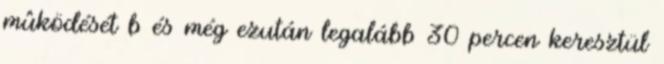
mûködését b és még ezután legalább 30 percen keresztül